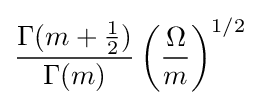
{\frac {\Gamma (m+{\frac {1}{2}})}{\Gamma (m)}}\left({\frac {\Omega }{m}}\right)^{1/2}